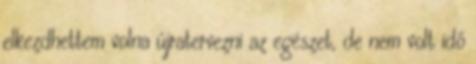
elkezdhettem volna újratervezni az egészet, de nem volt idő